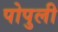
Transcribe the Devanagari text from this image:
पोपुली